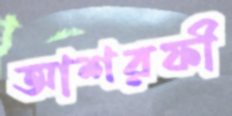
আশরফী